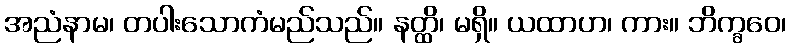
အညံနာမ၊ တပါးသောကံမည်သည်။ နတ္ထိ၊ မရှိ။ ယထာဟ၊ ကား။ ဘိက္ခဝေ၊